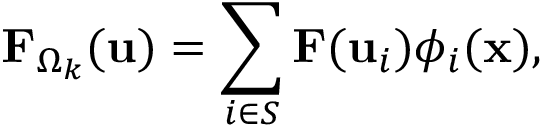
\mathbf { F } _ { \Omega _ { k } } ( \mathbf { u } ) = \sum _ { i \in S } \mathbf { F } ( \mathbf { u } _ { i } ) \phi _ { i } ( \mathbf { x } ) ,